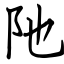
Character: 阤